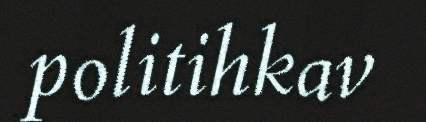
politihkav